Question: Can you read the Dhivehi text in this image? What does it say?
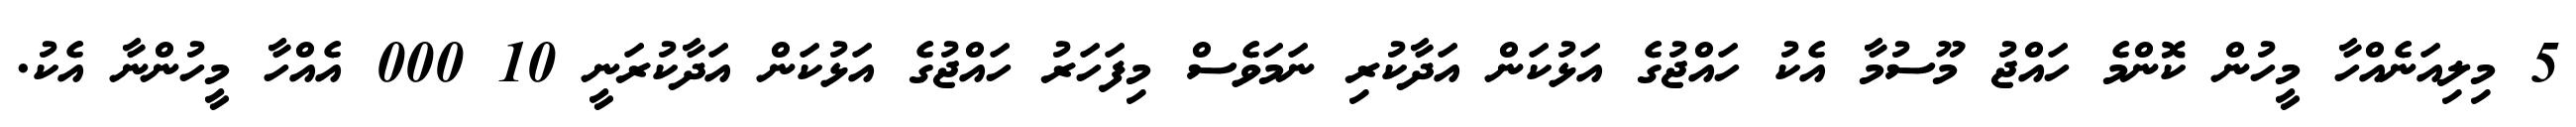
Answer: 5 މިލިއަނެއްހާ މީހުން ކޮންމެ ހައްޖު މޫސުމާ އެކު ހައްޖުގެ އަޅުކަން އަދާކުރި ނަމަވެސް މިފަހަރު ހައްޖުގެ އަޅުކަން އަދާކުރަނީ 10 000 އެއްހާ މީހުންނާ އެކު.